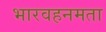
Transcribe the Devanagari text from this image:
भारवहनमता